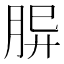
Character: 𦚪